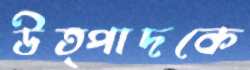
উত্পাদকে